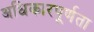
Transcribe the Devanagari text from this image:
अधिकारपूर्णता